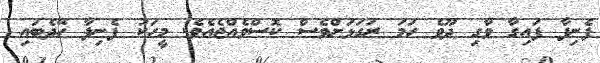
ފެނިފާ ފައިގާ ވާގި ދޫވެ ހަމަ ރަގަޅަށްވެސް ކޮސްވެއްޖެއެވެ. މީހަކު ފެނިފާ ހޭދެބައި